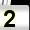
Digit: 2